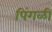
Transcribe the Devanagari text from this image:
पिंगळी